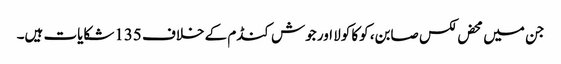
جن میں محض لکس صابن، کوکا کولا اور جوش کنڈم کے خلاف 135شکایات ہیں۔